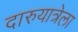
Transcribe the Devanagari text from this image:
दारुयात्रेला